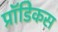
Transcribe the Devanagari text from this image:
प्रॉडिकस